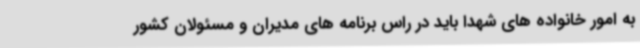
به امور خانواده های شهدا باید در راس برنامه های مدیران و مسئولان کشور